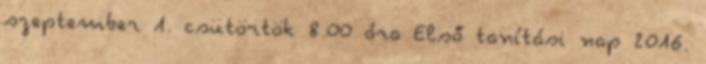
szeptember 1. csütörtök 8.00 óra Első tanítási nap 2016.